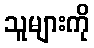
သူများကို